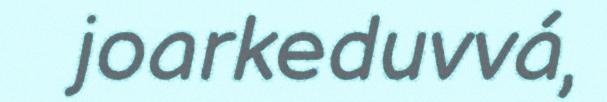
joarkeduvvá,